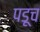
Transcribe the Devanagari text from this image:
पडूच